Indian journal of veterinary science and animal husbandry - Volumes 22-23, 1952-1953
Year: 1952
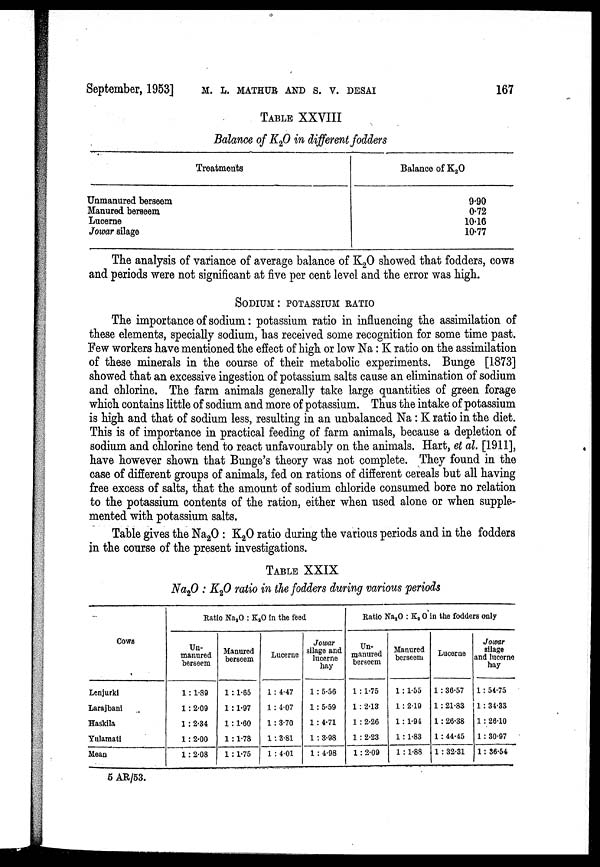
September, 1953]
M.
L.
MATHUR
AND
S.V.
DESAI
167
TABLE XXVIII
Balance of K 2 O in different fodders
Treatments
Unmanured berseem
Manured berseem
Lucerne
Jowar silage
Balance of K 2 O
9.90
0.72
10.16
10.77
The analysis of variance of average balance of K 2 O showed that fodders, cows
and periods were not significant at five per cent level and the error was high.
SODIUM : POTASSIUM RATIO
The importance of sodium : potassium ratio in influencing the assimilation of
these elements, specially sodium, has received some recognition for some time past.
Few workers have mentioned the effect of high or low Na : K ratio on the assimilation
of these minerals in the course of their metabolic experiments. Bunge [1873]
showed that an excessive ingestion of potassium salts cause an elimination of sodium
and chlorine. The farm animals generally take large quantities of green forage
which contains little of sodium and more of potassium. Thus the intake of potassium
is high and that of sodium less, resulting in an unbalanced Na : K ratio in the diet.
This is of importance in practical feeding of farm animals, because a depletion of
sodium and chlorine tend to react unfavourably on the animals. Hart, et al. [1911],
have however shown that Bunge's theory was not complete. They found in the
case of different groups of animals, fed on rations of different cereals but all having
free excess of salts, that the amount of sodium chloride consumed bore no relation
to the potassium contents of the ration, either when used alone or when supple-
mented with potassium salts.
Table gives the Na 2 O : K 2 O ratio during the various periods and in the fodders
in the course of the present investigations.
TABLE XXIX
Na 2 O : K 2 O ratio in the fodders during various periods
Cows
Lenjurki
Larajbani
Haskila
Yulamati
Mean
Ratio Na 2 O : K 2 O In the feed
Un-
manured
berseem
1 : 1.89
1 : 2.09
1 : 2.34
1 : 2.00
1 : 2.08
Manured
berseem
1 : 1.65
1 : 1.97
1 : 1.60
1 : 1.78
1 : 1.75
Lucerne
1 : 4.47
1 : 4.07
1 : 3.70
1 : 3.81
1 : 4.01
Jowar
silage and
lucerne
hay
1 : 5.56
1 : 5.59
1 : 4.71
1 : 3.98
1 : 4.98
Ratio Na 2 O : K 2 O in the fodders only
Un-
manured
berseem
1 : 1.75
1 : 2.13
1 : 2.26
1 : 2.23
1 : 2.09
Manured
berseem
1 : 1.55
1 : 2.19
1 : 1.94
1 : 1.83
1 : 1.88
Lucerne
1 : 36.57
1 : 21.83
1 : 26.38
1 : 44.45
1 : 32.31
Jowar
silage
and lucerne
hay
1 : 54.75
1 : 34.33
1 : 26.10
1 : 30.97
1 : 36.54
5 AR/53.